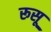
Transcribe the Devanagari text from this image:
रूसू